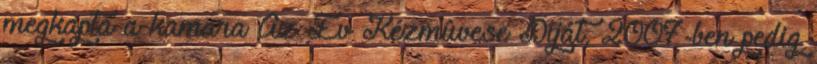
megkapta a kamara Az Év Kézmûvese Díját, 2007-ben pedig